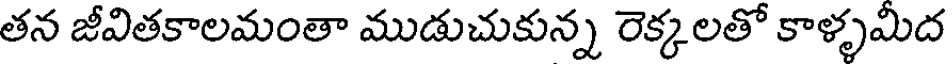
తన జీవితకాలమంతా ముడుచుకున్న రెక్కలతో కాళ్ళమిద